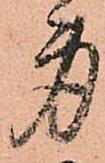
身